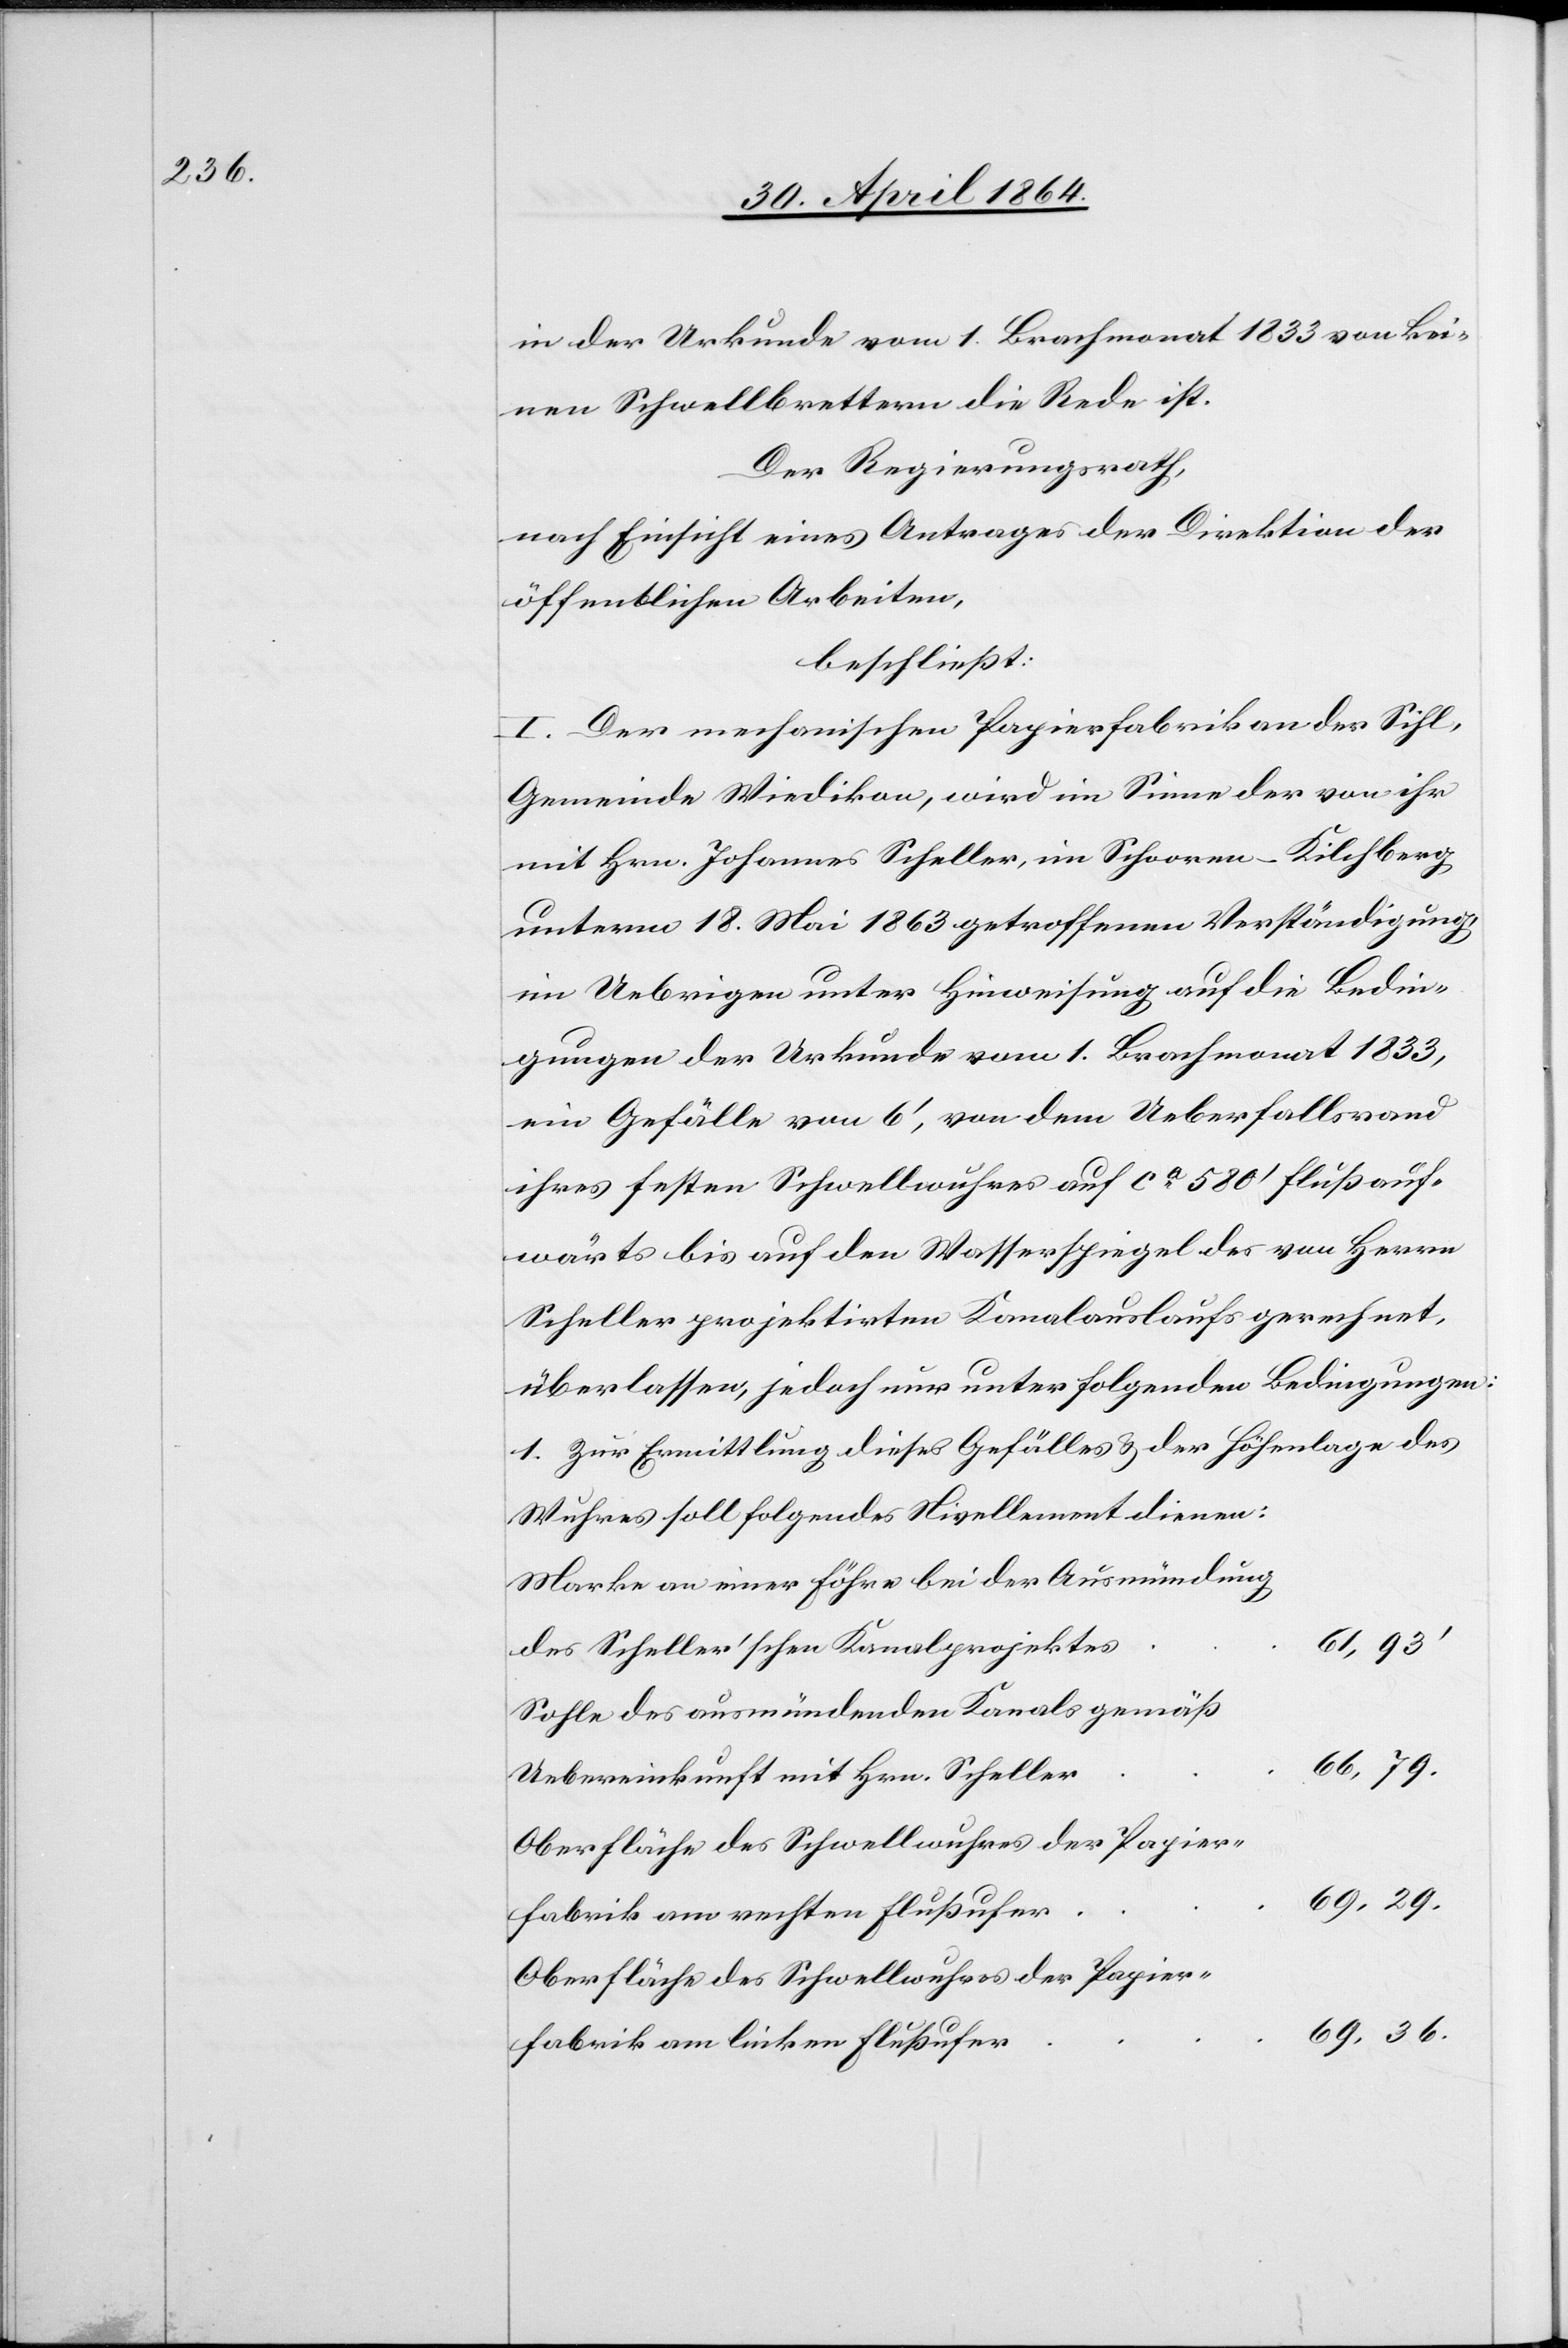
in der Urkunde vom 1. Brachmonat 1833 von kei¬
nen Schwellbrettern die Rede ist.
Der Regierungsrath,
nach Einsicht eines Antrages der Direktion der
öffentlichen Arbeiten,
beschließt:
I. Der mechanischen Papierfabrik an der Sihl,
Gemeinde Wiedikon, wird im Sinne der von ihr
mit Hrn. Johannes Scheller, im Schooren-Kilchberg
unterm 18. Mai 1863 getroffenen Verständigung,
im Uebrigen unter Hinweisung auf die Bedin¬
gungen der Urkunde vom 1. Brachmonat 1833,
ein Gefälle von 6’, von dem Ueberfallsrand
ihres festen Schwellwuhres auf ca 580’ flußauf¬
wärts bis auf den Wasserspiegel des von Herrn
Scheller projektirten Kanalauslaufs gerechnet,
überlassen, jedoch nur unter folgenden Bedingungen:
1. Zur Ermittlung dieses Gefälles u. der Höhenlage des
Wuhres soll folgendes Nivellement dienen:
Marke an einer Fähre bei der Ausmündung
des
Sohle des ausmündenden Kanals gemäß
r	66, 79.
Uebereinkunft mit Hrn. Schelle¬
Oberfläche des Schwellwuhres der Papier¬
r	69, 29.
fabrik am rechten Flußufe¬
r	69, 36.
fabrik am linken Flußufe¬